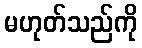
မဟုတ်သည်ကို